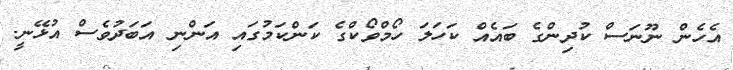
އެހެން ނޫނަސް ކުދިންގެ ބައެއް ކަހަލަ ހޯމްވޯކްގެ ކަންކަމުގައި އަންނި އަބަދުވެސް އުޅޭނީ.